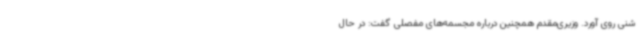
شنی روی آورد. وزیری‌مقدم همچنین درباره مجسمه‌های مفصلی گفت: در حال